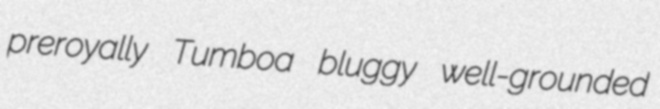
preroyally Tumboa bluggy well-grounded